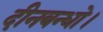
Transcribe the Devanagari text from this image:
दीनबन्धो।